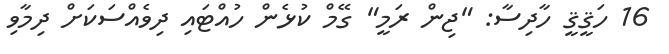
16 ހަޤީޤީ ހާދިސާ: "ޖިން ރަމީ" ގޭމް ކުޅެން ހުއްޓައި ދިވެއްސަކަށް ދިމާވި